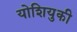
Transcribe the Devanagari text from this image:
योशियुकी